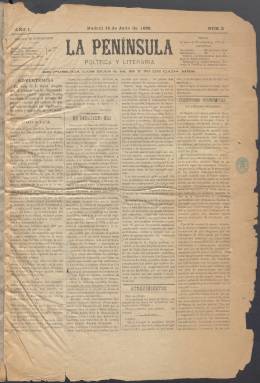
Título: La Península política y literaria
Otros títulos: La Península || La Península (Madrid. 1888)
Colección: Periódicos
Ámbito geográfico: Madrid
Lugar de publicación: Madrid
Fechas: 14/07/1888-07/09/1888

Semanario nacido en 1888 que con toda probabilidad concluyó también ese año, dado el poco rastro que ha dejado en las historias del periodismo español. Pese a su restrictivo título, el periódico era un cajón de sastre en el que cabían todo tipo de materias, incluyendo los sucesos.

  La Península política y literaria salió a la calle justo tras el crimen de la calle de Fuencarral, un suceso que conmocionó a la sociedad madrileña y que la dividió en dos bandos. Este caso tiene tanto importancia desde el punto de vista periodístico que está considerado el punto de arranque de la prensa sensacionalista en España.

  En el segundo número del semanario, del 14 de julio, la columna de portada titulada Crónica hace esta descripción del estado de la opinión pública a los pocos días del suceso: ‘En tanto la política duerme en el letargo de la inacción, por todas partes no se oye otra conversación que la del tristemente célebre crimen que han dado en llamarse de la calle de Fuencarral. En la calle, en el paseo, en el salón de espera del teatro, en la antecámara del despacho y en la oficina, en todas partes se hacen juicios, se deducen conclusiones y se interpreta la ley’.

  El periódico parece que a raíz de este sonado crimen fue cogiéndole gusto a destacar los sucesos y así en el último número que posee la BNE, probablemente el último en aparecer, la misma sección Crónica arranca con un enfrentamiento con las fuerzas del orden con resultado de un muerto en la popular glorieta madrileña de Cuatro Caminos.

  Los editores quedaron tan satisfechos de la acogida que tuvo el primer número, que no posee la BNE, que decidieron aumentar el tamaño y calidad del papel, sin alterar el precio de venta y suscripción. No parece que durara mucho el entusiasmo del público, que tenía muchos periódicos donde elegir. Tampoco parece que ayudó a la continuación el hecho de que dedicara la última página, la cuarta, a la publicidad y que no le faltaran los anuncios.

  Hojeando los ejemplares se ve como el semanario abordaba temas muy diversos, aparte de los sucesos: cuestiones económicas, científicas, comentarios políticos, información del extranjero y de provincias, retazos literarios, información teatral, bibliografía… en fin, un apretado batiburrillo en tres páginas que no parece que fuera muy del gusto del público.

[Descripción publicada el 20/09/2024]